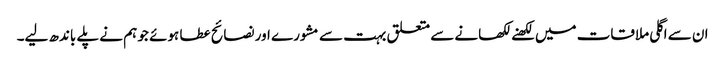
ان سے اگلی ملاقات میں لکھنے لکھانے سے متعلق بہت سے مشورے اور نصائح عطا ہوئے جو ہم نے پلے باندھ لیے۔